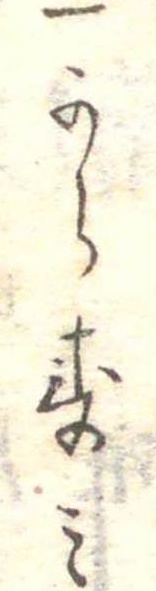
一からすみ